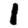
Digit: 1